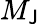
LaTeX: M_{\mathsf{J}}